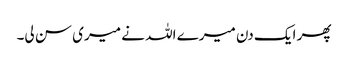
پھر ایک دن میرے اللہ نے میری سن لی۔